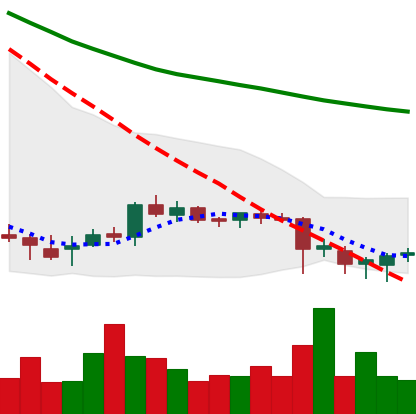
Ticker: DOGE-USD
Chart end date: 2018-07-15
Forward return: 43.277%
Label: up_7plus